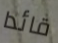
قائدا